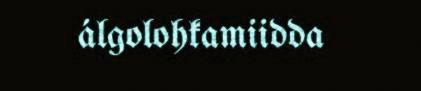
álgolohkamiidda